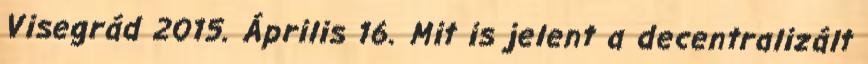
Visegrád 2015. Április 16. Mit is jelent a decentralizált